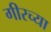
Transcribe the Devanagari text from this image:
गीरच्या